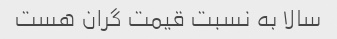
سالا به نسبت قیمت گران هست